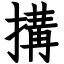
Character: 搆